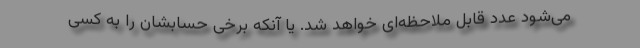
می‌شود عدد قابل ملاحظه‌ای خواهد شد. یا آنکه برخی حسابشان را به کسی